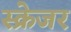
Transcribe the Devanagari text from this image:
स्क्रेजर